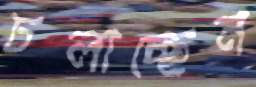
ঢলাচ্ছেন